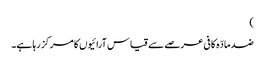
)
ضد مادّہ کافی عرصے سے قیاس آرائیوں کا مرکز رہا ہے۔